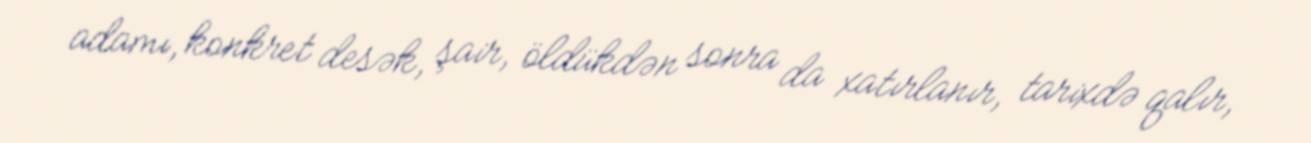
adamı, konkret desək, şair, öldükdən sonra da xatırlanır, tarixdə qalır,